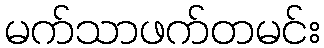
မက်သာဖက်တမင်း